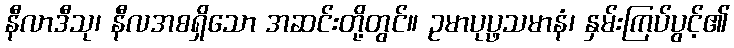
နီလာဒီသု၊ နီလအစရှိသော အဆင်းတို့တွင်။ ဥမာပုပ္ဖသမာနံ၊ နှမ်းကြပ်ပွင့်၏